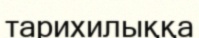
тарихилыққа